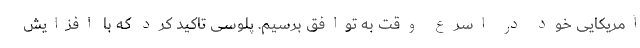
آمریکایی خود در اسرع وقت به توافق برسیم. پلوسی تاکید کرد که با افزایش